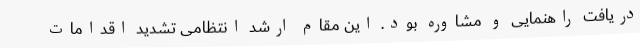
دریافت راهنمایی و مشاوره بود. این مقام ارشد انتظامی تشدید اقدامات